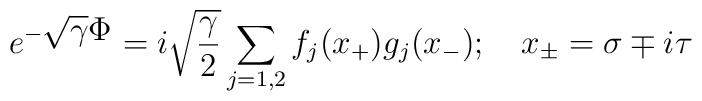
e^{-\displaystyle \sqrt{\gamma} \Phi}={i\sqrt{\gamma \over 2}}\sum_{j=1,2} f_j(x_+)g_j(x_-);  \quad  x_\pm=\sigma\mp i\tau